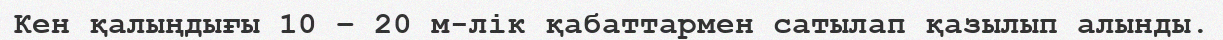
Кен қалыңдығы 10 – 20 м-лік қабаттармен сатылап қазылып алынды.